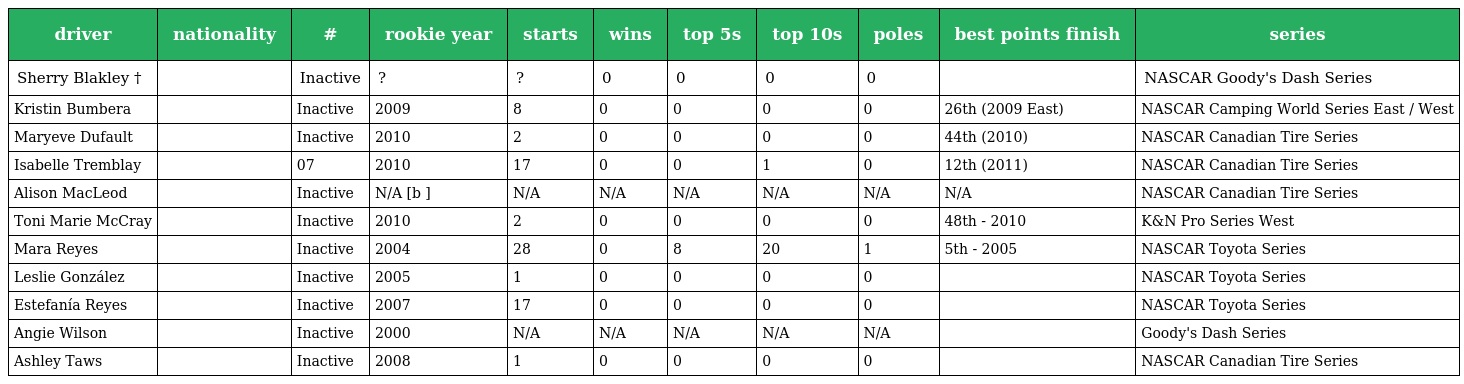
| driver | nationality | # | rookie year | starts | wins | top 5s | top 10s | poles | best points finish | series |
 | --- | --- | --- | --- | --- | --- | --- | --- | --- | --- | --- |
 | Sherry Blakley † |  | Inactive | ? | ? | 0 | 0 | 0 | 0 |  | NASCAR Goody's Dash Series |
 | Kristin Bumbera |  | Inactive | 2009 | 8 | 0 | 0 | 0 | 0 | 26th (2009 East) | NASCAR Camping World Series East / West |
 | Maryeve Dufault |  | Inactive | 2010 | 2 | 0 | 0 | 0 | 0 | 44th (2010) | NASCAR Canadian Tire Series |
 | Isabelle Tremblay |  | 07 | 2010 | 17 | 0 | 0 | 1 | 0 | 12th (2011) | NASCAR Canadian Tire Series |
 | Alison MacLeod |  | Inactive | N/A [b ] | N/A | N/A | N/A | N/A | N/A | N/A | NASCAR Canadian Tire Series |
 | Toni Marie McCray |  | Inactive | 2010 | 2 | 0 | 0 | 0 | 0 | 48th - 2010 | K&N Pro Series West |
 | Mara Reyes |  | Inactive | 2004 | 28 | 0 | 8 | 20 | 1 | 5th - 2005 | NASCAR Toyota Series |
 | Leslie González |  | Inactive | 2005 | 1 | 0 | 0 | 0 | 0 |  | NASCAR Toyota Series |
 | Estefanía Reyes |  | Inactive | 2007 | 17 | 0 | 0 | 0 | 0 |  | NASCAR Toyota Series |
 | Angie Wilson |  | Inactive | 2000 | N/A | N/A | N/A | N/A | N/A |  | Goody's Dash Series |
 | Ashley Taws |  | Inactive | 2008 | 1 | 0 | 0 | 0 | 0 |  | NASCAR Canadian Tire Series |